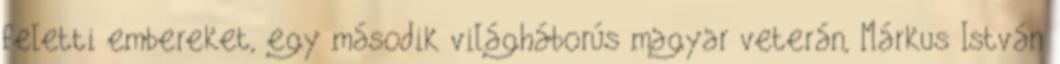
feletti embereket, egy második világháborús magyar veterán, Márkus István